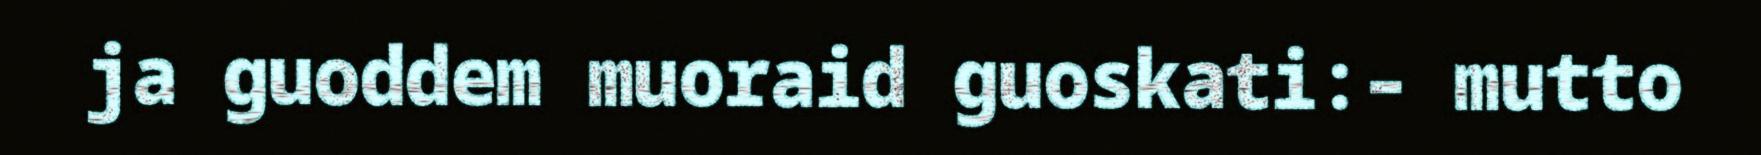
ja guoddem muoraid guoskati:– mutto